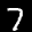
Label: 7